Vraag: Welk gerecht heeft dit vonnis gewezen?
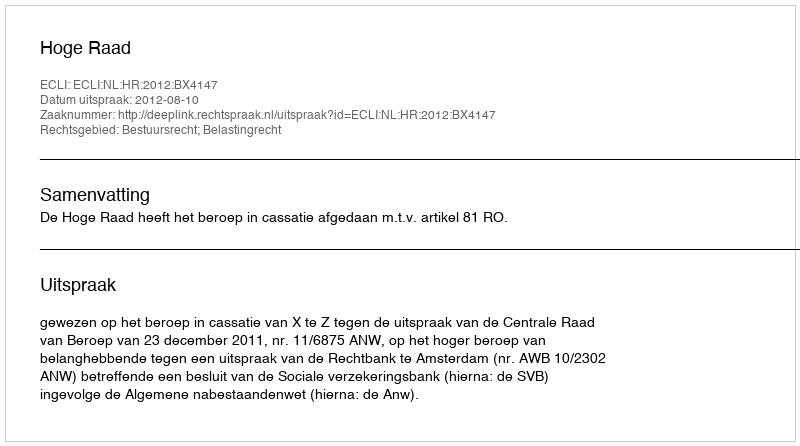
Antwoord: Hoge Raad